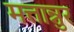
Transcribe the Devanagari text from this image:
मत्तान्नुर